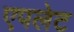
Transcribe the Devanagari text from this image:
एपलेट